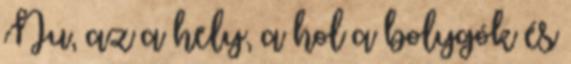
Nu, az a hely, a hol a bolygók és